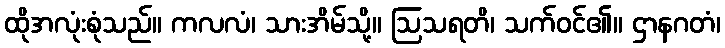
ထိုအလုံးစုံသည်။ ကလလံ၊ သားအိမ်သို့။ ဩသရတိ၊ သက်ဝင်၏။ ဌာနဂတံ၊